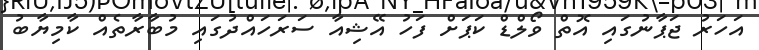
އަހަރު ޖަޕާނުގައި އޮތް ވޯލްޑް ކަޕަށް ފަހު އޭޝިއާ ސަރަހައްދުގައި މުބާރާތެއް ކާމިޔާބު